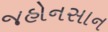
જહોનસાન